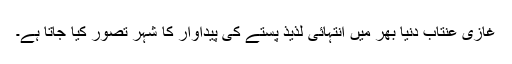
غازی عنتاب دنیا بھر میں انتہائی لذیذ پستے کی پیداوار کا شہر تصور کیا جاتا ہے۔